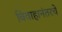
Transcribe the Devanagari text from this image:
विवाहानंतरचे